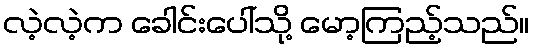
လဲ့လဲ့က ခေါင်းပေါ်သို့ မော့ကြည့်သည်။